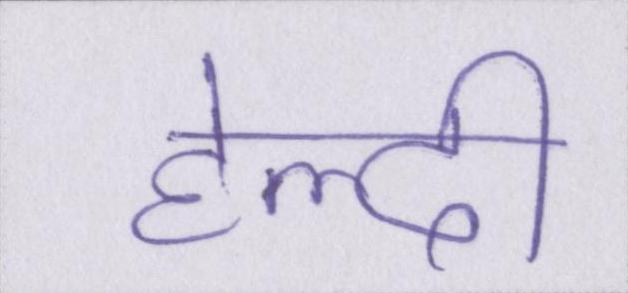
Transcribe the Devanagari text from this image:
हेल्दी